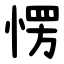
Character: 愣